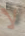
لا